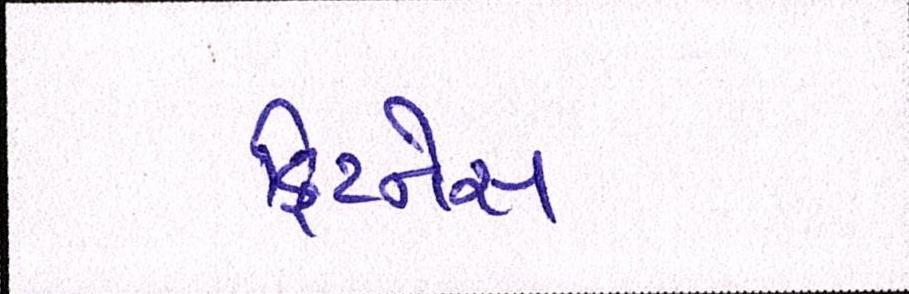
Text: ફિટનેસ